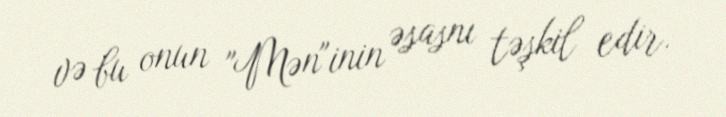
və bu onun "Mən"inin əsasnı təşkil edir.